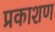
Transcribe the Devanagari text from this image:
प्रकाशण